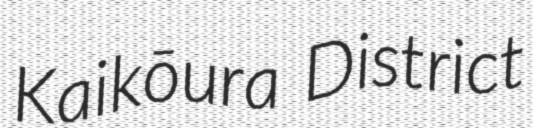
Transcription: Kaikōura District